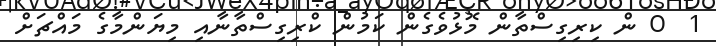
1  0 ން ކިރިގިސްތާން މޮޅުވެގެން ކަމުން ކްރިގިސްތާނާއި މިޔަންމާގެ މައްޗަށް